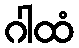
ဂါထံ